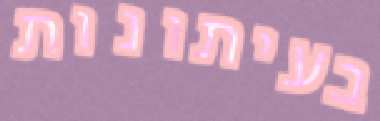
בעיתונות